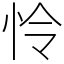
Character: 怜